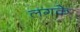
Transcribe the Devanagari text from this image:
लगके